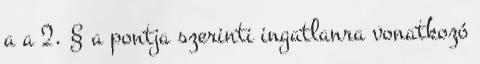
a a 2. § a pontja szerinti ingatlanra vonatkozó